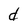
Character: d